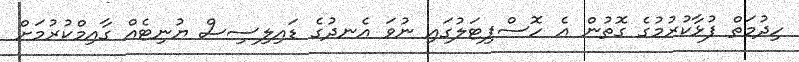
ހިދުމަތް ފުޅާކުރުމުގެ ގޮތުން އެ ހޮސްޕިޓަލުގައި ނުވަ އެނދުގެ ޑައިލިސިސް ޔުނިޓެއް ގާއިމްކުރުމަށް